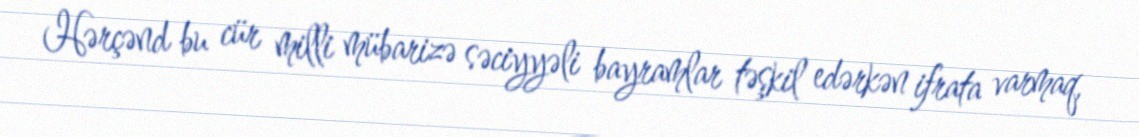
Hərçənd bu cür milli mübarizə səciyyəli bayramlar təşkil edərkən ifrata varmaq,